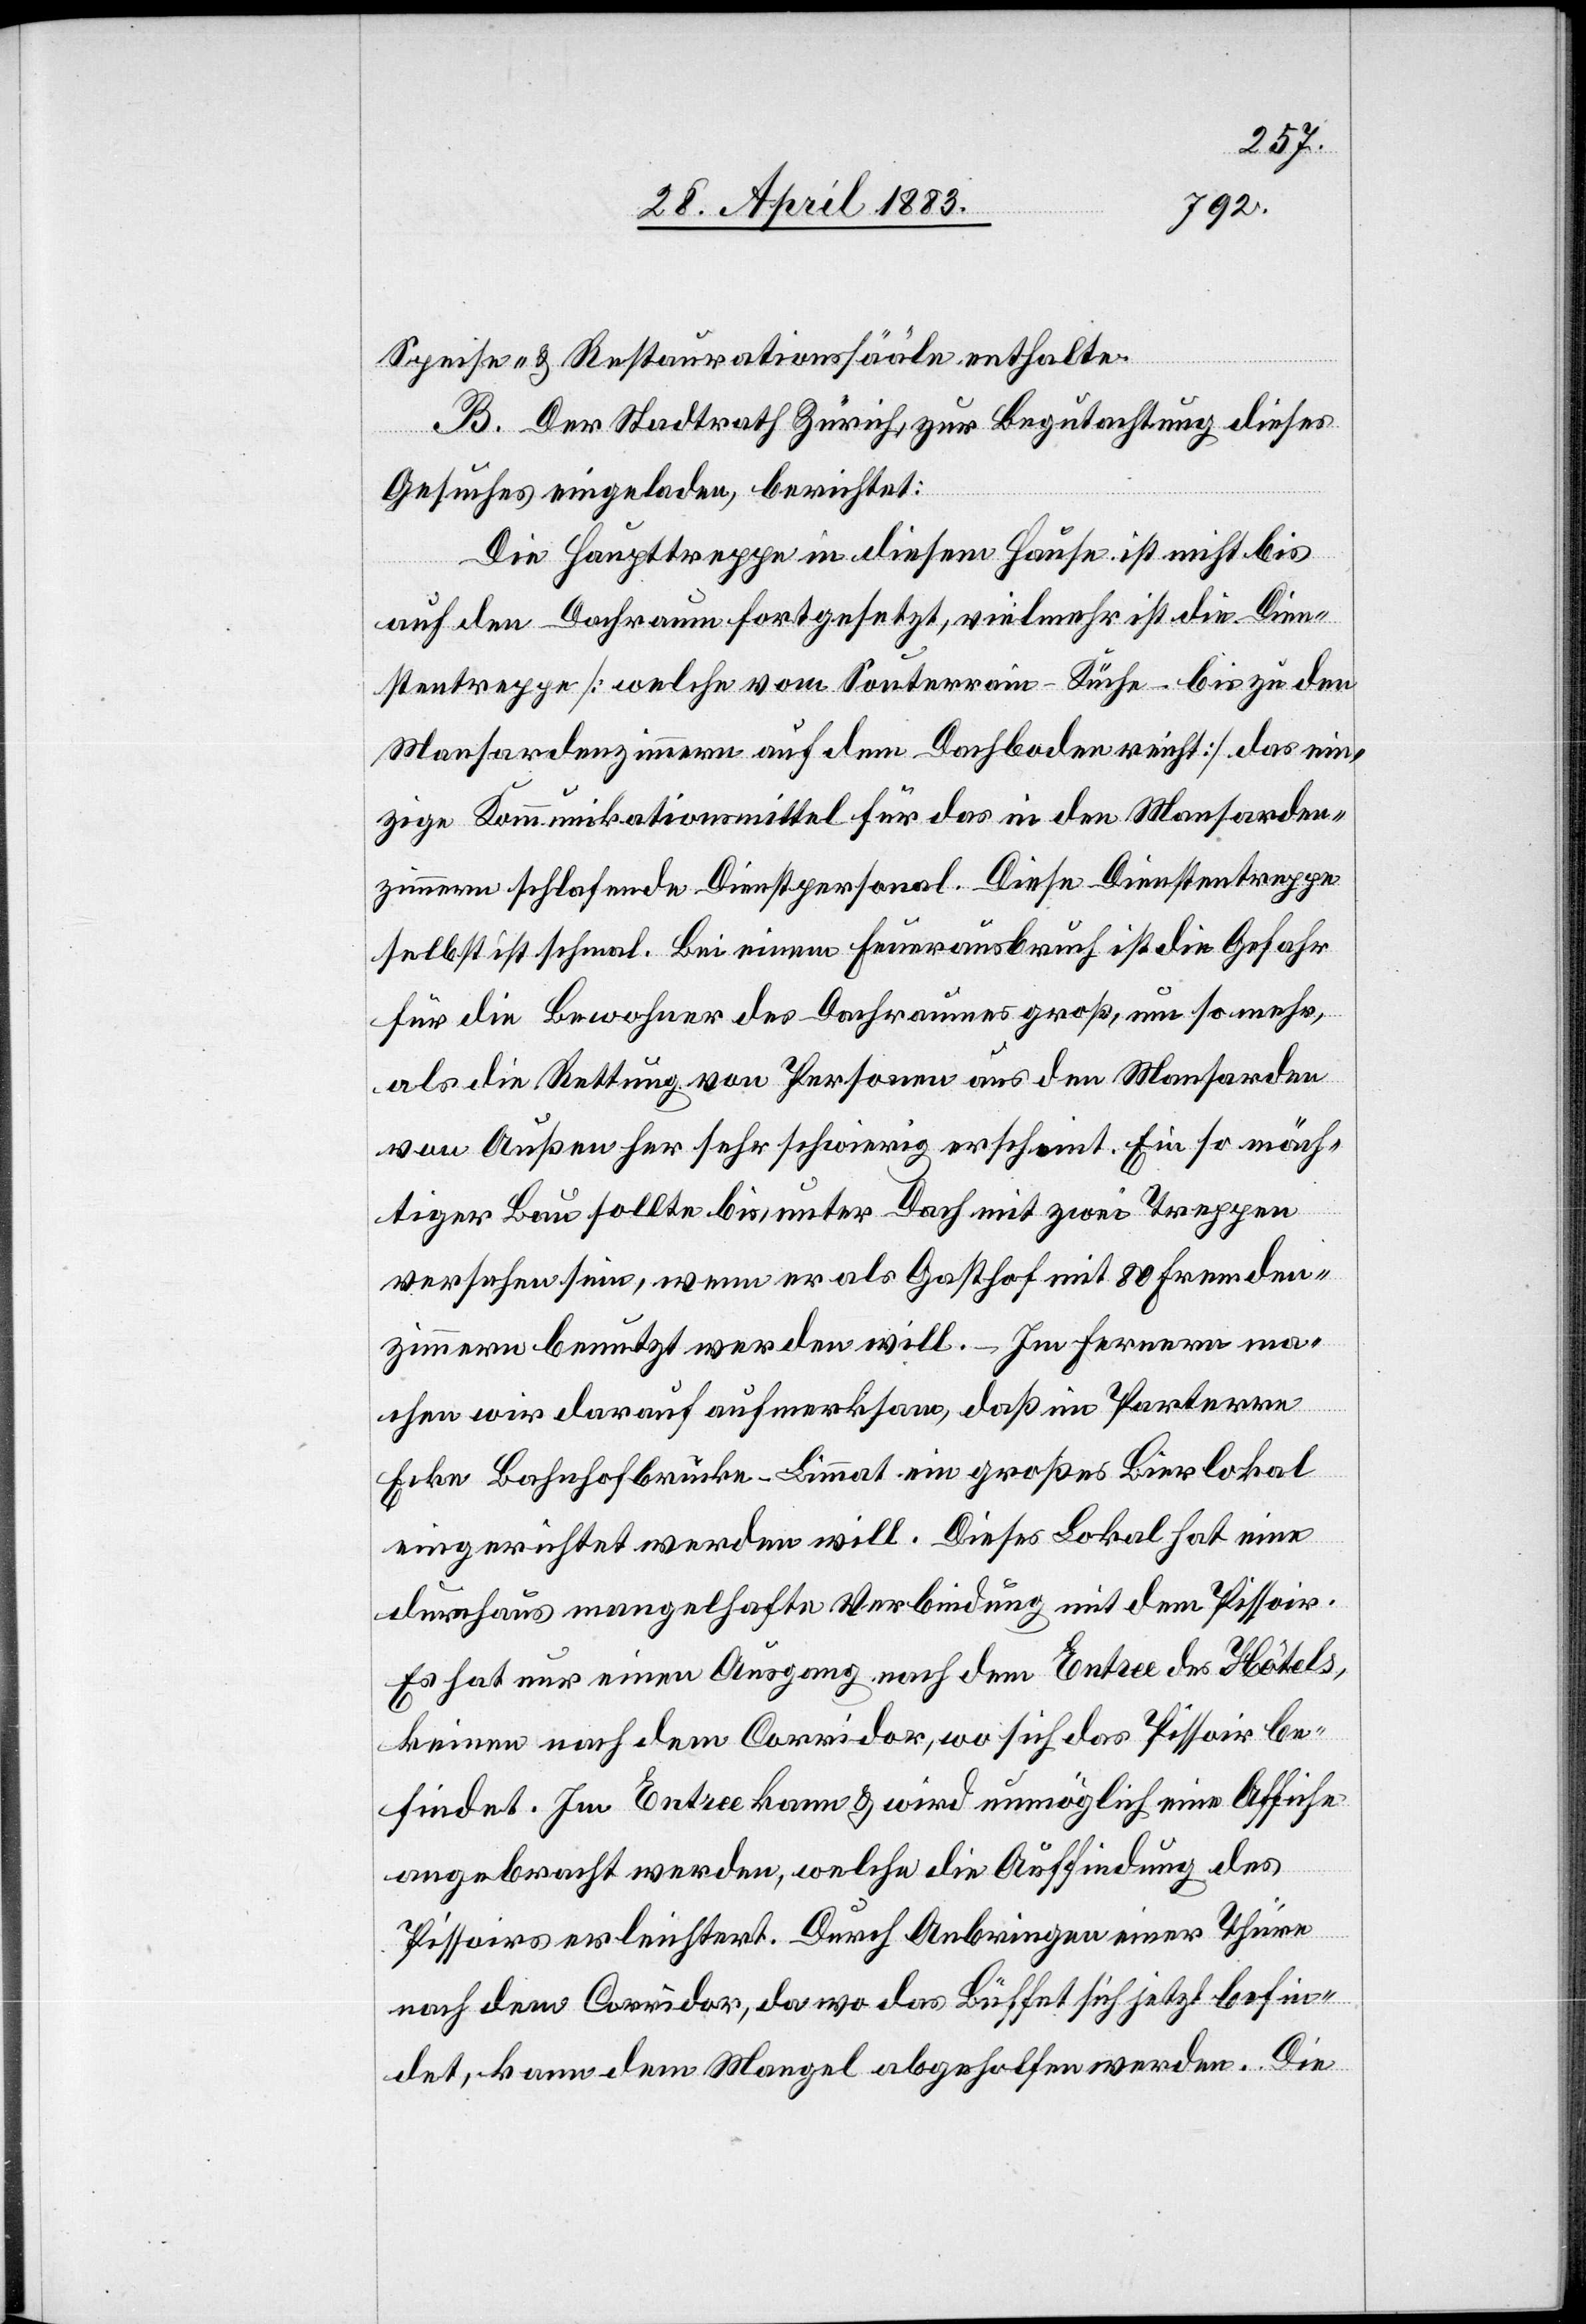
Speise- & Restaurationssääle enthalte.
B. Der Stadtrath Zürich, zur Begutachtung dieses
Gesuches eingeladen, berichtet:
Die Haupttreppe in diesem Hause ist nicht bis
auf den Dachraum fortgesetzt, vielmehr ist die Dien¬
stentreppe [welche vom Souterrain–Küche–bis zu den
Mansardenzimmern auf dem Dachboden reicht] das ein¬
zige Kommunikationsmittel für das in den Mansarden¬
zimmer schlafende Dienstpersonal. Diese Dienstentreppe
selbst ist schmal. Bei einem Feuerausbruch ist die Gefahr
für die Bewohner des Dachraumes groß, um so mehr,
als die Rettung von Personen aus den Mansarden
von Außen her sehr schwierig erscheint. Ein so mäch¬
tiger Bau sollte bis unter Dach mit zwei Treppen
versehen sein, wenn er als Gasthof mit 80 Fremden¬
zimmern benutzt werden will. – Im Ferneren ma¬
chen wir darauf aufmerksam, daß im Parterre
Ecke Bahnhofbrücke - Limmat ein großes Bierlokal
eingerichtet werden will. Dieses Lokal hat eine
durchaus mangelhafte Verbindung mit dem Pissoir.
Es hat nur einen Ausgang nach dem Entree des Hôtels,
keinen nach dem Corridor, wo sich das Pissoir be¬
findet. Im Entree kann & wird unmöglich eine Affiche
angebracht werden, welche die Auffindung des
Pissoirs erleichtert. Durch Anbringen einer Thüre
nach dem Corridor, da wo das Büffet sich jetzt befin¬
det, kann dem Mangel abgeholfen werden. Die